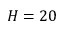
H = 2 0